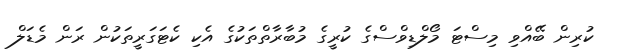
ކުރިން ބޭއްވި މިސްޓަ މޯލްޑިވްސްގެ ކުރީގެ މުބާރާތްތަކުގެ އެކި ކެޓަގަރީތަކުން ރަން މެޑަލް